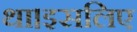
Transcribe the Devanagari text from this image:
था।इसलिए